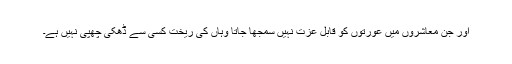
اور جن معاشروں میں عورتوں کو قابل عزت نہیں سمجھا جاتا وہاں کی ریخت کسی سے ڈھکی چھپی نہیں ہے۔